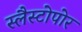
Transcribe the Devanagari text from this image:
स्लैस्टोपोर